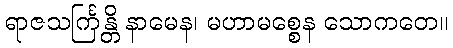
ရာဇသင်္ကြန္တိ နာမေန၊ မဟာမစ္စေန သောကတေ။